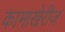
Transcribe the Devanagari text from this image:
कामाखेरीज